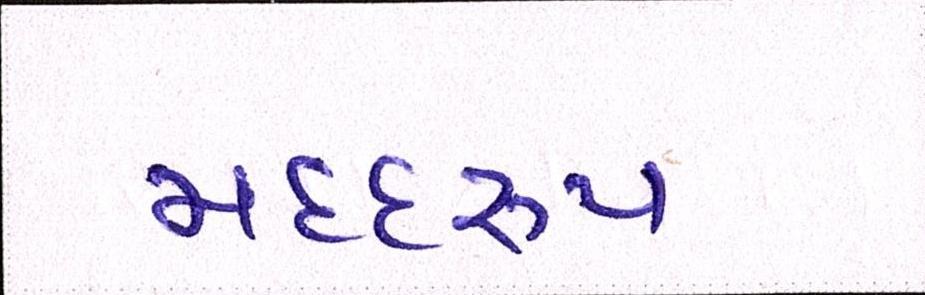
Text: મદદરુપ